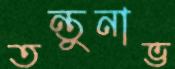
তন্তুনাভ